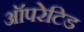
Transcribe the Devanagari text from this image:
ऑपरेटिड